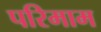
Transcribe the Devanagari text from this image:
परिमाम